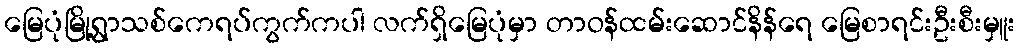
မြေပုံမြို့ရွာသစ်ကေရပ်ကွက်ကပါ လက်ရှိမြေပုံမှာ တာဝန်ထမ်းဆောင်နိန်ရေ မြေစာရင်းဦးစီးမှူး